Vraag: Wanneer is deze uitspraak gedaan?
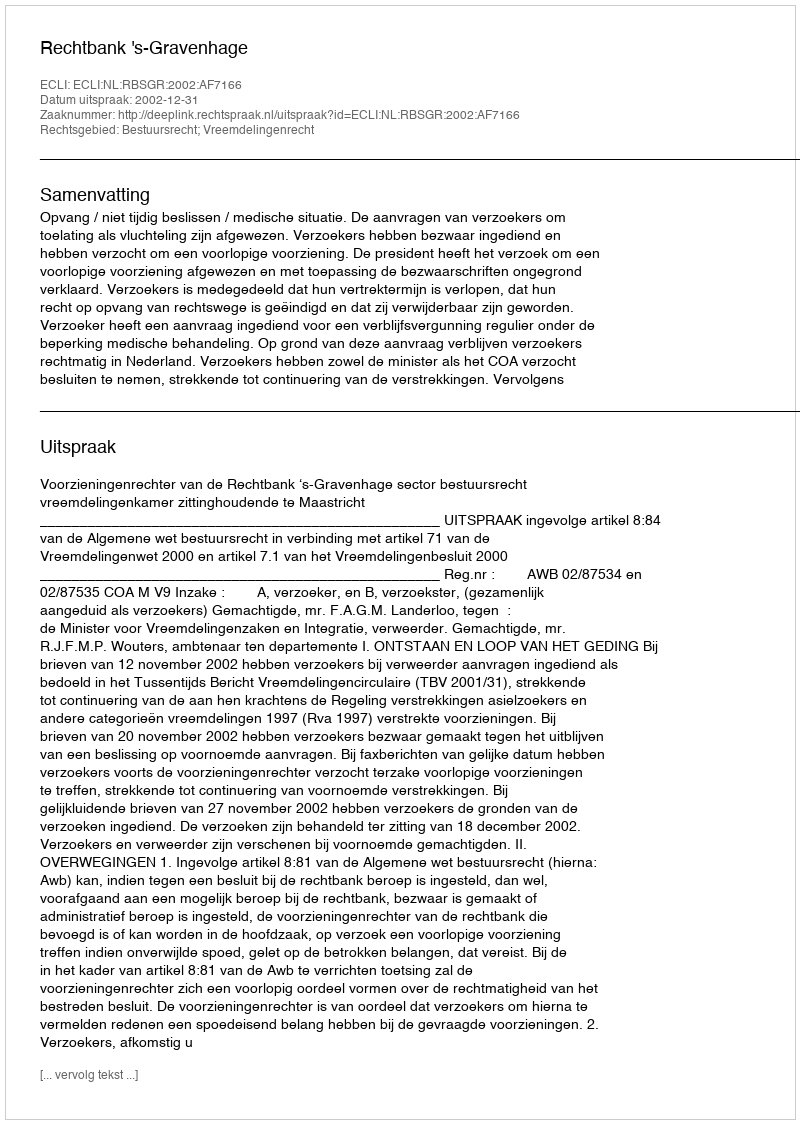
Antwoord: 2002-12-31